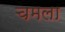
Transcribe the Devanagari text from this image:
चमला